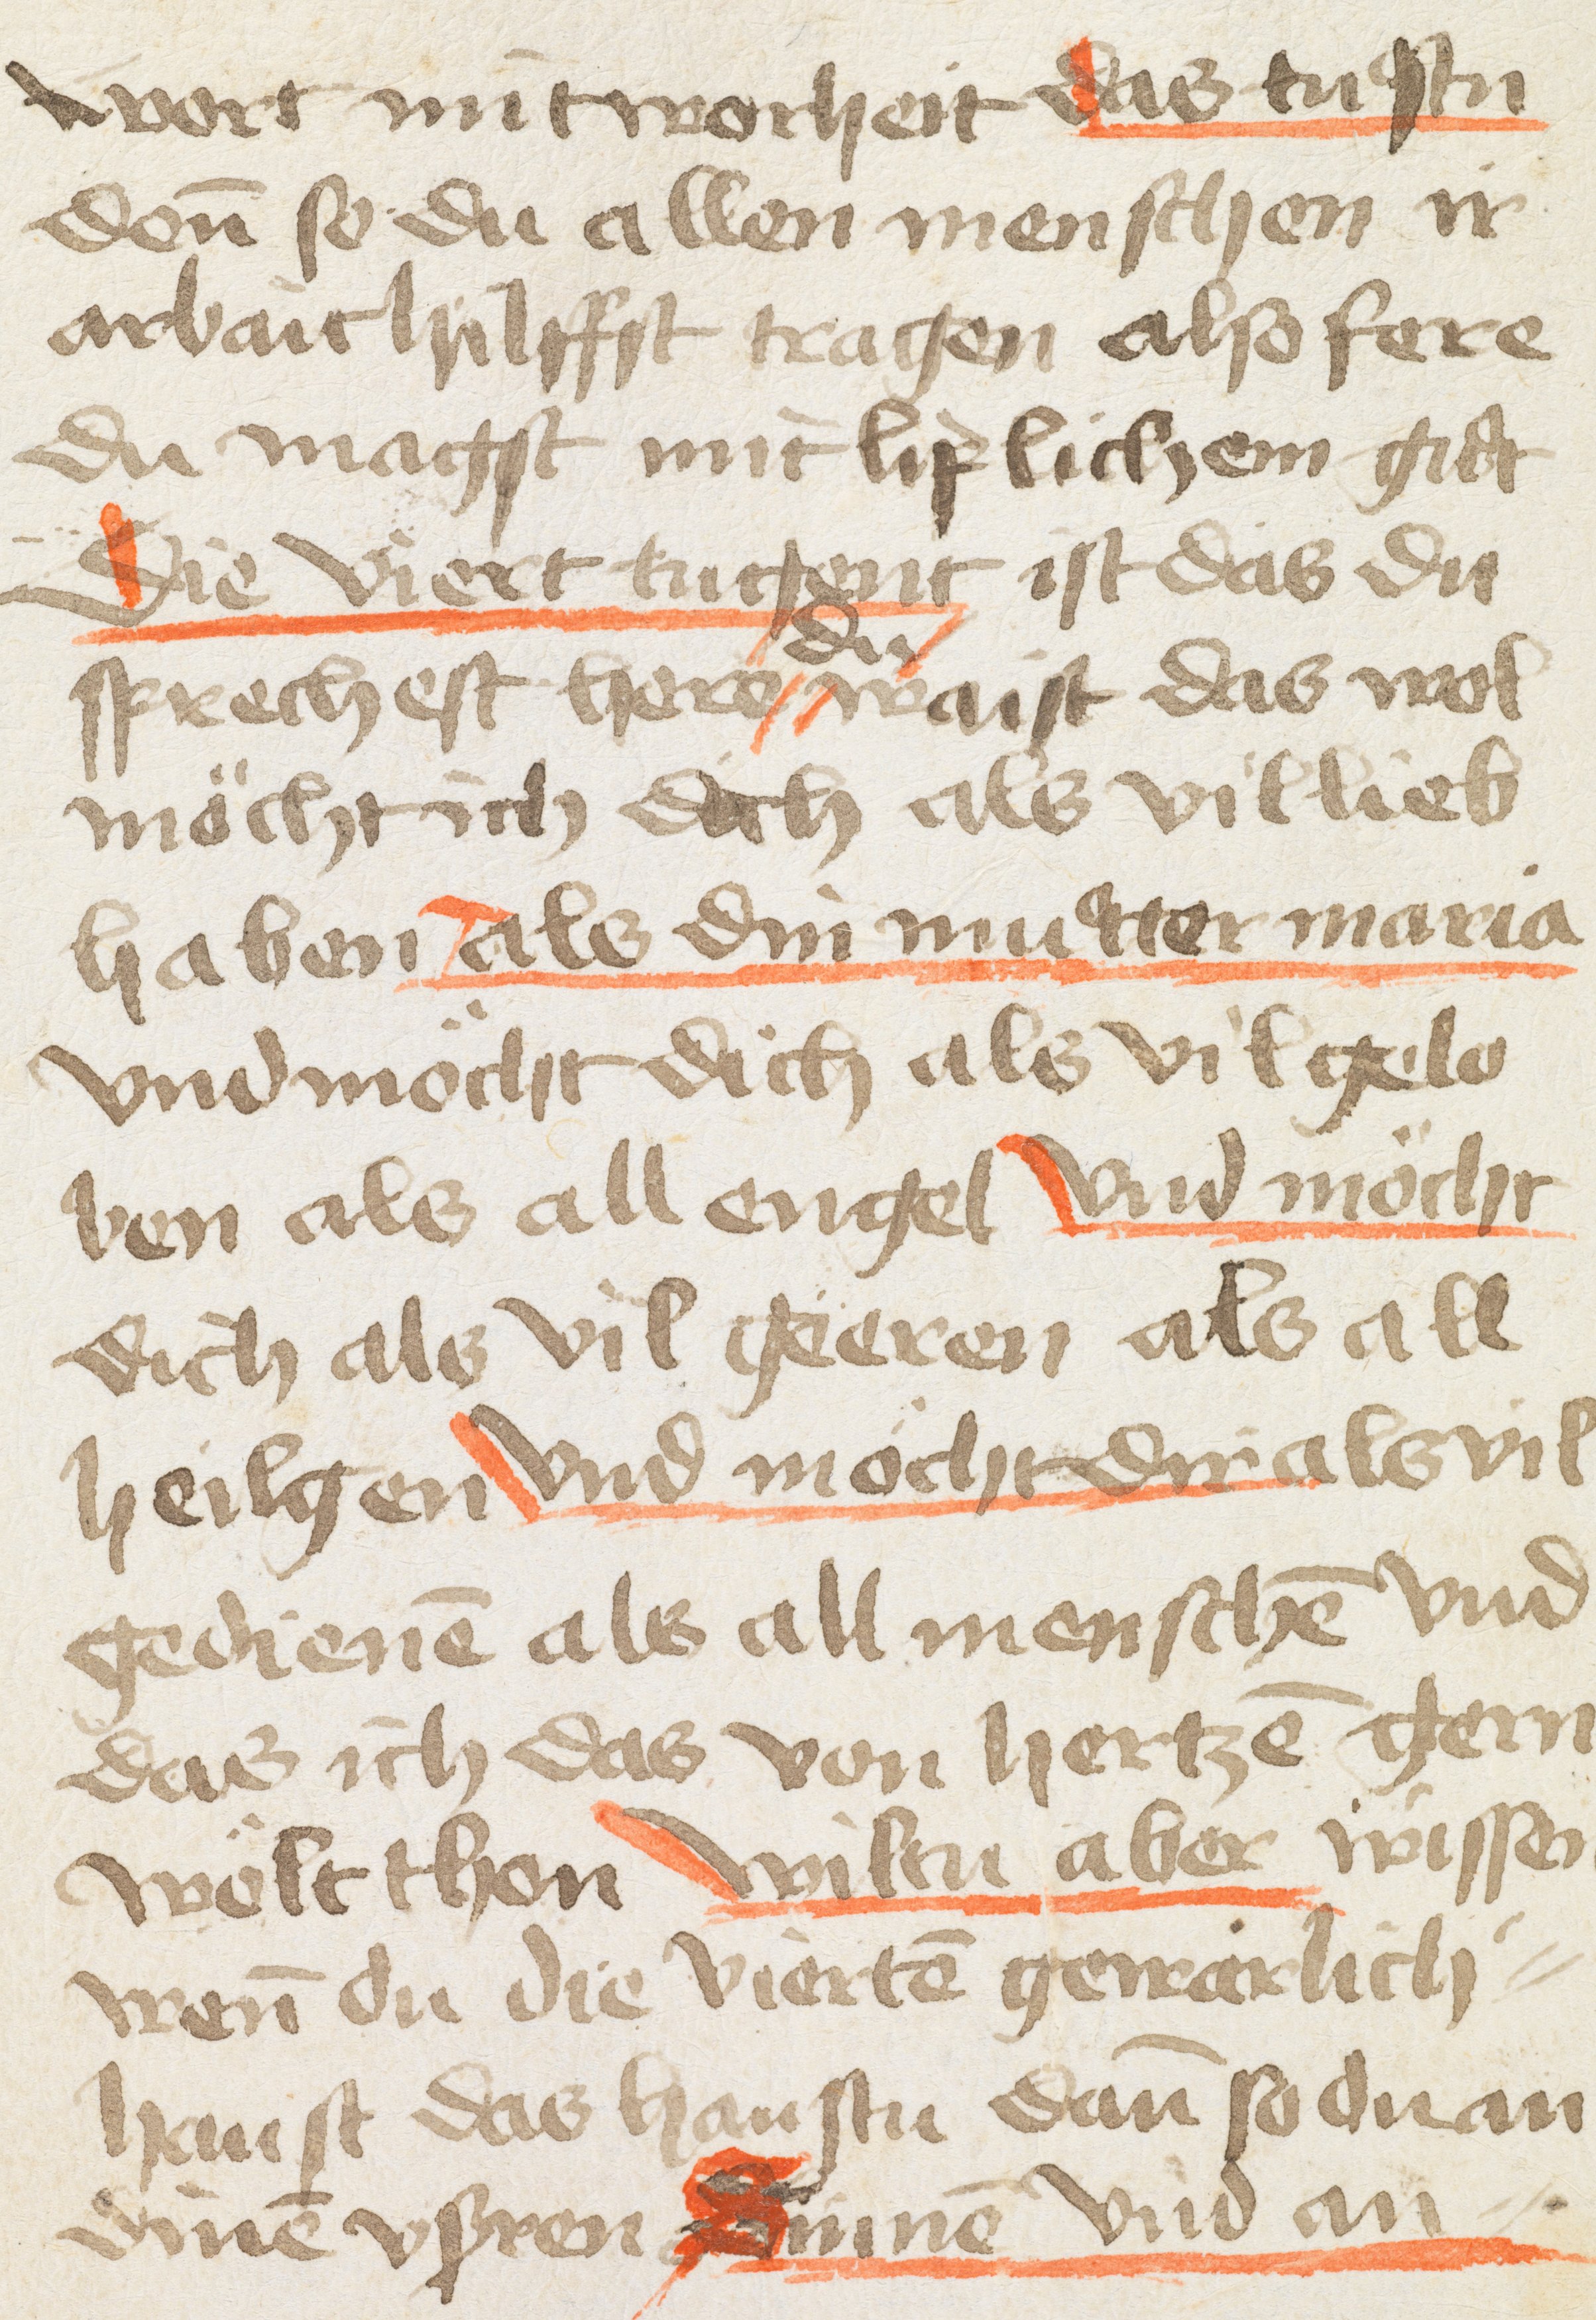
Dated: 1500–1530